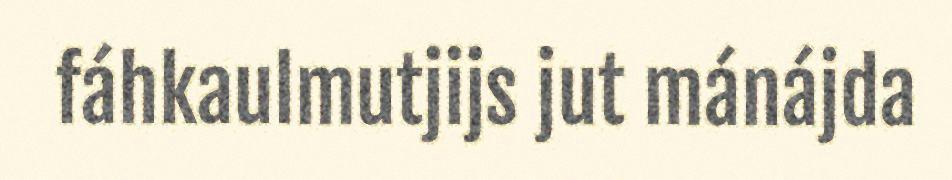
fáhkaulmutjijs jut mánájda